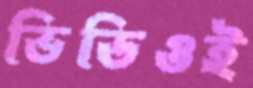
ভিডিওই